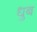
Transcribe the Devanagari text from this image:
धुब